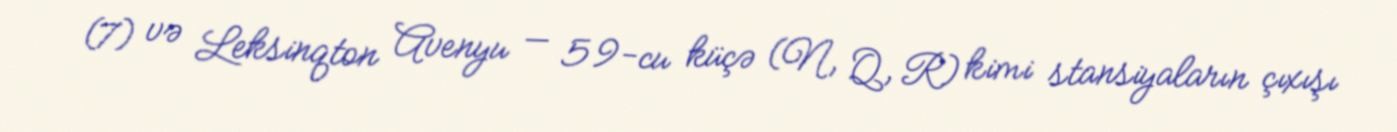
(7) və Leksinqton Avenyu — 59-cu küçə (N, Q, R) kimi stansiyaların çıxışı